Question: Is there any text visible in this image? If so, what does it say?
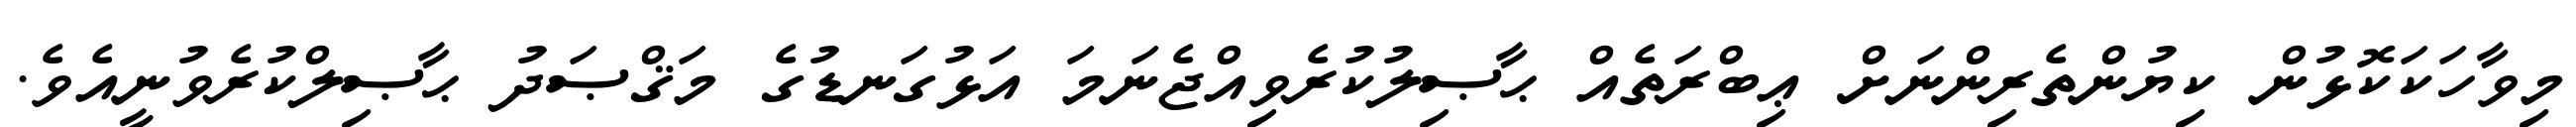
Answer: މިވާހަކަކޮޅުން ކިޔުންތެރިންނަށް ޢިބްރަތެއް ޙާޞިލުކުރެވިއްޖެނަމަ އަޅުގަނޑުގެ މަޤްޞަދު ޙާޞިލްކުރެވުނީއެވެ.